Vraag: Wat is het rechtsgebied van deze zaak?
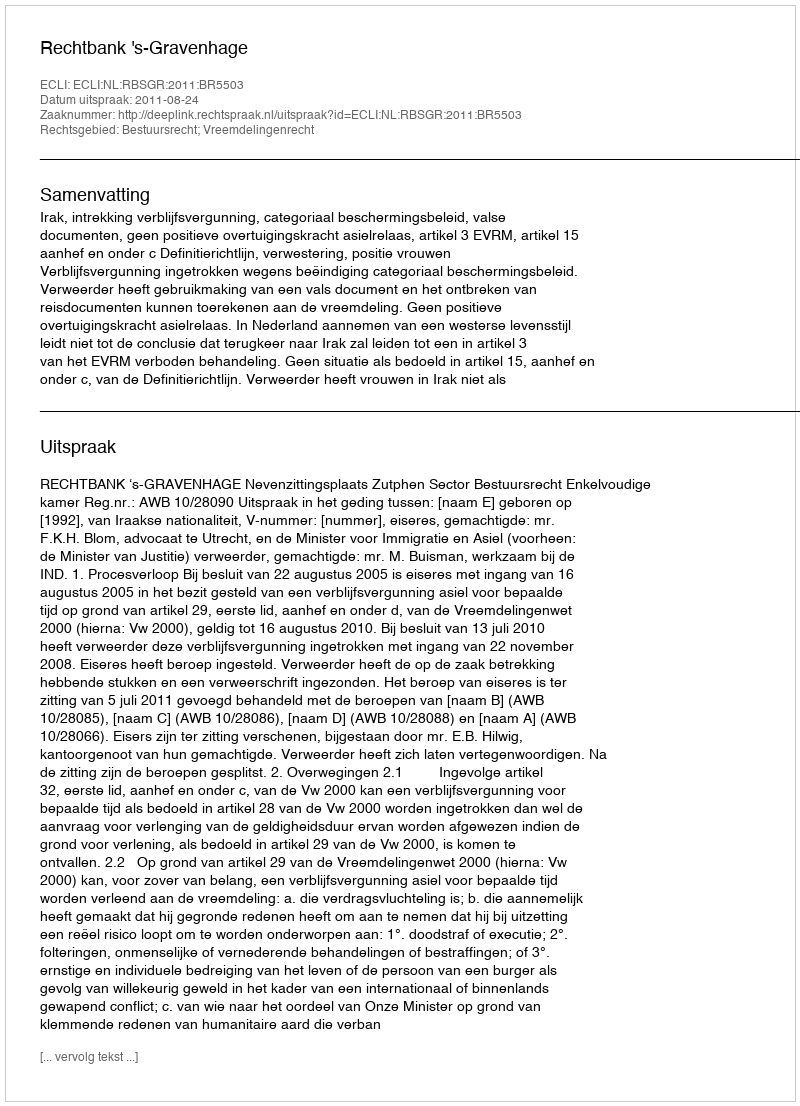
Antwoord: Bestuursrecht; Vreemdelingenrecht